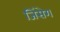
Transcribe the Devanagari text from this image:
जिंसेग